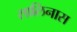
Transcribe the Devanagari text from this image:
सालिनास